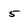
Character: 5